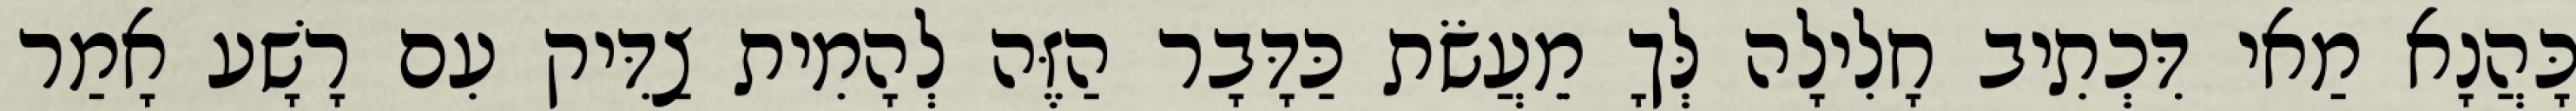
כָּהֲנָא מַאי דִּכְתִיב חָלִילָה לְּךָ מֵעֲשֹׂת כַּדָּבָר הַזֶּה לְהָמִית צַדִּיק עִם רָשָׁע אָמַר